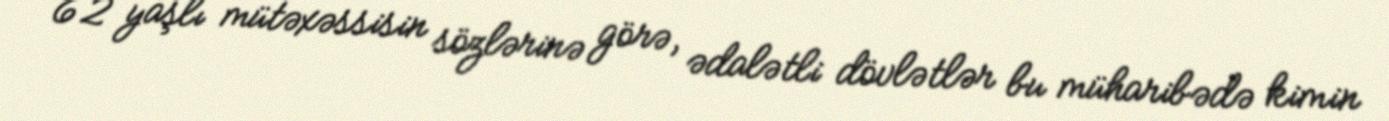
62 yaşlı mütəxəssisin sözlərinə görə, ədalətli dövlətlər bu müharibədə kimin